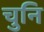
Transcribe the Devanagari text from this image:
चुनि